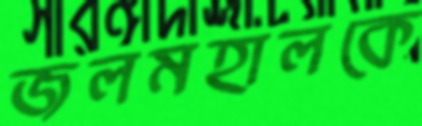
জলমহালকে